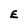
Character: E